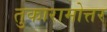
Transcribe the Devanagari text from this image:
तुकारामोत्तर